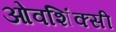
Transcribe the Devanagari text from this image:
ओवशिंक्सी